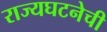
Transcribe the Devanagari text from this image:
राज्यघटनेची